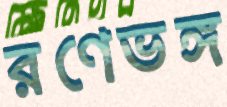
রণেভঙ্গ